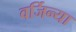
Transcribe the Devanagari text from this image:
वर्जिन्या